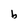
Character: b